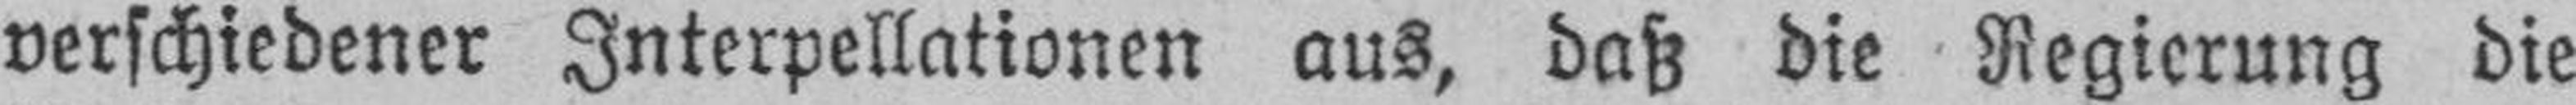
verschiedener Interpellationen aus, daß die Regierung die